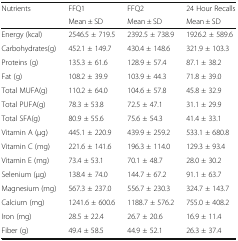
| <ROWSPAN=2> Nutrients | FFQ1 | FFQ2 | 24 Hour Recalls |
 | Mean ± SD | Mean ± SD | Mean ± SD |
 | --- | --- | --- | --- |
 | Energy (kcal) | 2546.5 ± 719.5 | 2392.5 ± 738.9 | 1926.2 ± 589.6 |
 | Carbohydrates(g) | 452.1 ± 149.7 | 430.4 ± 148.6 | 321.9 ± 103.3 |
 | Proteins (g) | 135.3 ± 61.6 | 128.9 ± 57.4 | 87.1 ± 38.2 |
 | Fat (g) | 108.2 ± 39.9 | 103.9 ± 44.3 | 71.8 ± 39.0 |
 | Total MUFA(g) | 110.2 ± 64.0 | 104.6 ± 57.8 | 45.8 ± 32.9 |
 | Total PUFA(g) | 78.3 ± 53.8 | 72.5 ± 47.1 | 31.1 ± 29.9 |
 | Total SFA(g) | 80.9 ± 55.6 | 75.6 ± 54.3 | 41.4 ± 33.1 |
 | Vitamin A (μg) | 445.1 ± 220.9 | 439.9 ± 259.2 | 533.1 ± 680.8 |
 | Vitamin C (mg) | 221.6 ± 141.6 | 196.3 ± 114.0 | 129.3 ± 93.4 |
 | Vitamin E (mg) | 73.4 ± 53.1 | 70.1 ± 48.7 | 28.0 ± 30.2 |
 | Selenium (μg) | 138.4 ± 74.0 | 144.7 ± 67.2 | 91.1 ± 63.7 |
 | Magnesium (mg) | 567.3 ± 237.0 | 556.7 ± 230.3 | 324.7 ± 143.7 |
 | Calcium (mg) | 1241.6 ± 600.6 | 1188.7 ± 576.2 | 755.0 ± 408.2 |
 | Iron (mg) | 28.5 ± 22.4 | 26.7 ± 20.6 | 16.9 ± 11.4 |
 | Fiber (g) | 49.4 ± 58.5 | 44.9 ± 52.1 | 26.3 ± 37.4 |